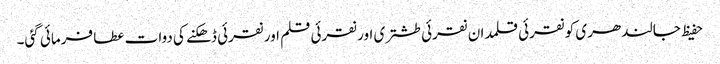
حفیظ جالندھری کو نقرئی قلمدان نقرئی طشتری اور نقرئی قلم اور نقرئی ڈھکنے کی دوات عطا فرمائی گئی۔